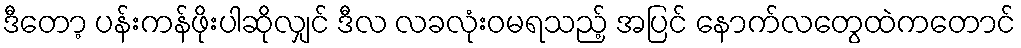
ဒီတော့ ပန်းကန်ဖိုးပါဆိုလျှင် ဒီလ လခလုံးဝမရသည့် အပြင် နောက်လတွေထဲကတောင်